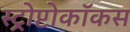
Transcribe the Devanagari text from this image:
स्ट्रोप्टोकॉकस